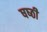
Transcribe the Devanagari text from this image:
षष्‍ठी